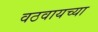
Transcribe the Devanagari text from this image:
वठवायच्या